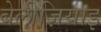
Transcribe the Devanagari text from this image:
बेलीज़ियाइ